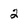
Character: 2